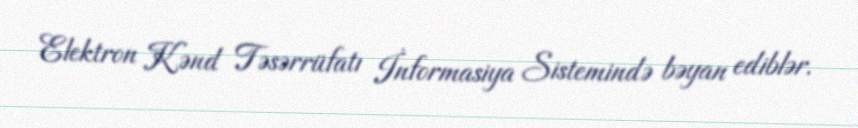
Elektron Kənd Təsərrüfatı İnformasiya Sistemində bəyan ediblər.